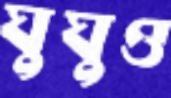
ঘুঘুও